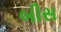
બીસ